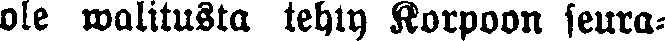
ole walitusta tehty Korpoon seura-